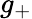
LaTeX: g_{+}